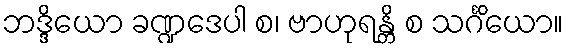
ဘဒ္ဒိယော ခဏ္ဍဒေပါ စ၊ ဗာဟုရန္တိ စ သင်္ဂိယော။